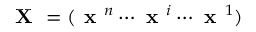
\textbf { X } = ( \textbf { x } ^ { n } \cdots \textbf { x } ^ { i } \cdots \textbf { x } ^ { 1 } )